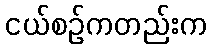
ငယ်စဉ်ကတည်းက